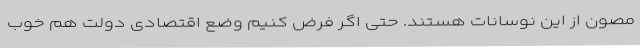
مصون از این نوسانات هستند. حتی اگر فرض کنیم وضع اقتصادی دولت هم خوب